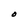
Character: O